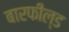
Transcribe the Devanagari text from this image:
बारफील्ड